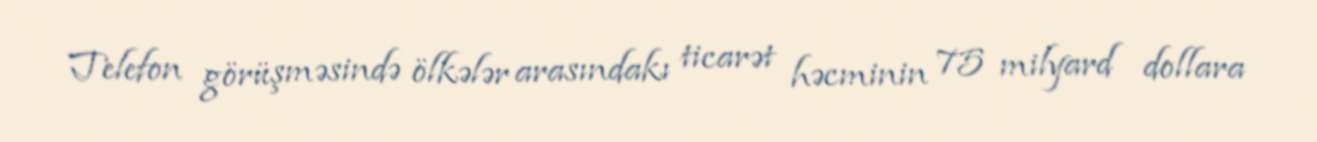
Telefon görüşməsində ölkələr arasındakı ticarət həcminin 75 milyard dollara